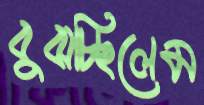
বুঝচ্ছিলেম